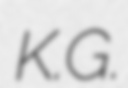
K.G.